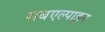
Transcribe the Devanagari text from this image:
सबएल्पाइन